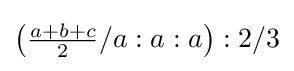
\left({\tfrac {a+b+c}{2}}/a:a:a\right):2/3